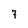
Character: 7